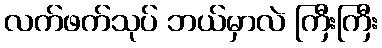
လက်ဖက်သုပ် ဘယ်မှာလဲ ကြီးကြီး